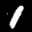
Label: 1